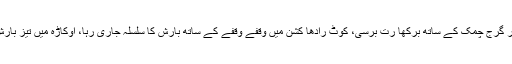
عارف والا میں بھی کالے بادلوں اور گرج چمک کے ساتھ برکھا رت برسی، کوٹ رادھا کشن میں وقفے وقفے کے ساتھ بارش کا سلسلہ جاری رہا، اوکاڑہ میں تیز بارش سے نشیبی علاقے زیر آب آگئے۔